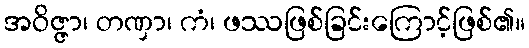
အဝိဇ္ဇာ၊ တဏှာ၊ ကံ၊ ဖဿဖြစ်ခြင်းကြောင့်ဖြစ်၏။